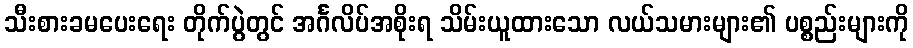
သီးစားခမပေးရေး တိုက်ပွဲတွင် အင်္ဂလိပ်အစိုးရ သိမ်းယူထားသော လယ်သမားများ၏ ပစ္စည်းများကို